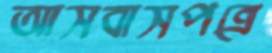
আসবাসপত্রে